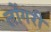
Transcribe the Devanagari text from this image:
लोंगरी